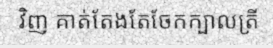
វិញ គាត់តែងតែចែកក្បាលត្រី